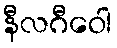
နီလဂီဝေါ